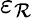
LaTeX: \varepsilon_{\mathcal{R}}